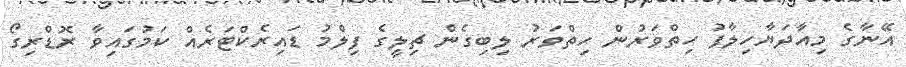
އޭނާގެ މިއާދަޔާހިލާފު ހިތްވަރުން ހިތްވަރު ލިބިގެން ޗިލީގެ ފިލްމު ޑައިރެކްޓަރެއް ކަމުގައިވާ ރޮޑްރިގޯ